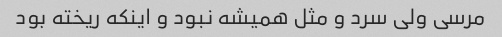
مرسی ولی سرد و مثل همیشه نبود و اینکه ریخته بود